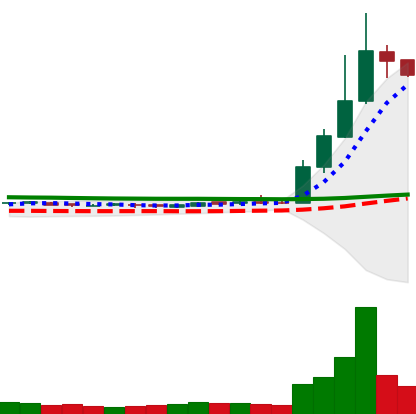
Ticker: DOGE-USD
Chart end date: 2019-04-06
Forward return: -18.901%
Label: down_7plus